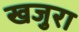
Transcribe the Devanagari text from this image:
खजुरा